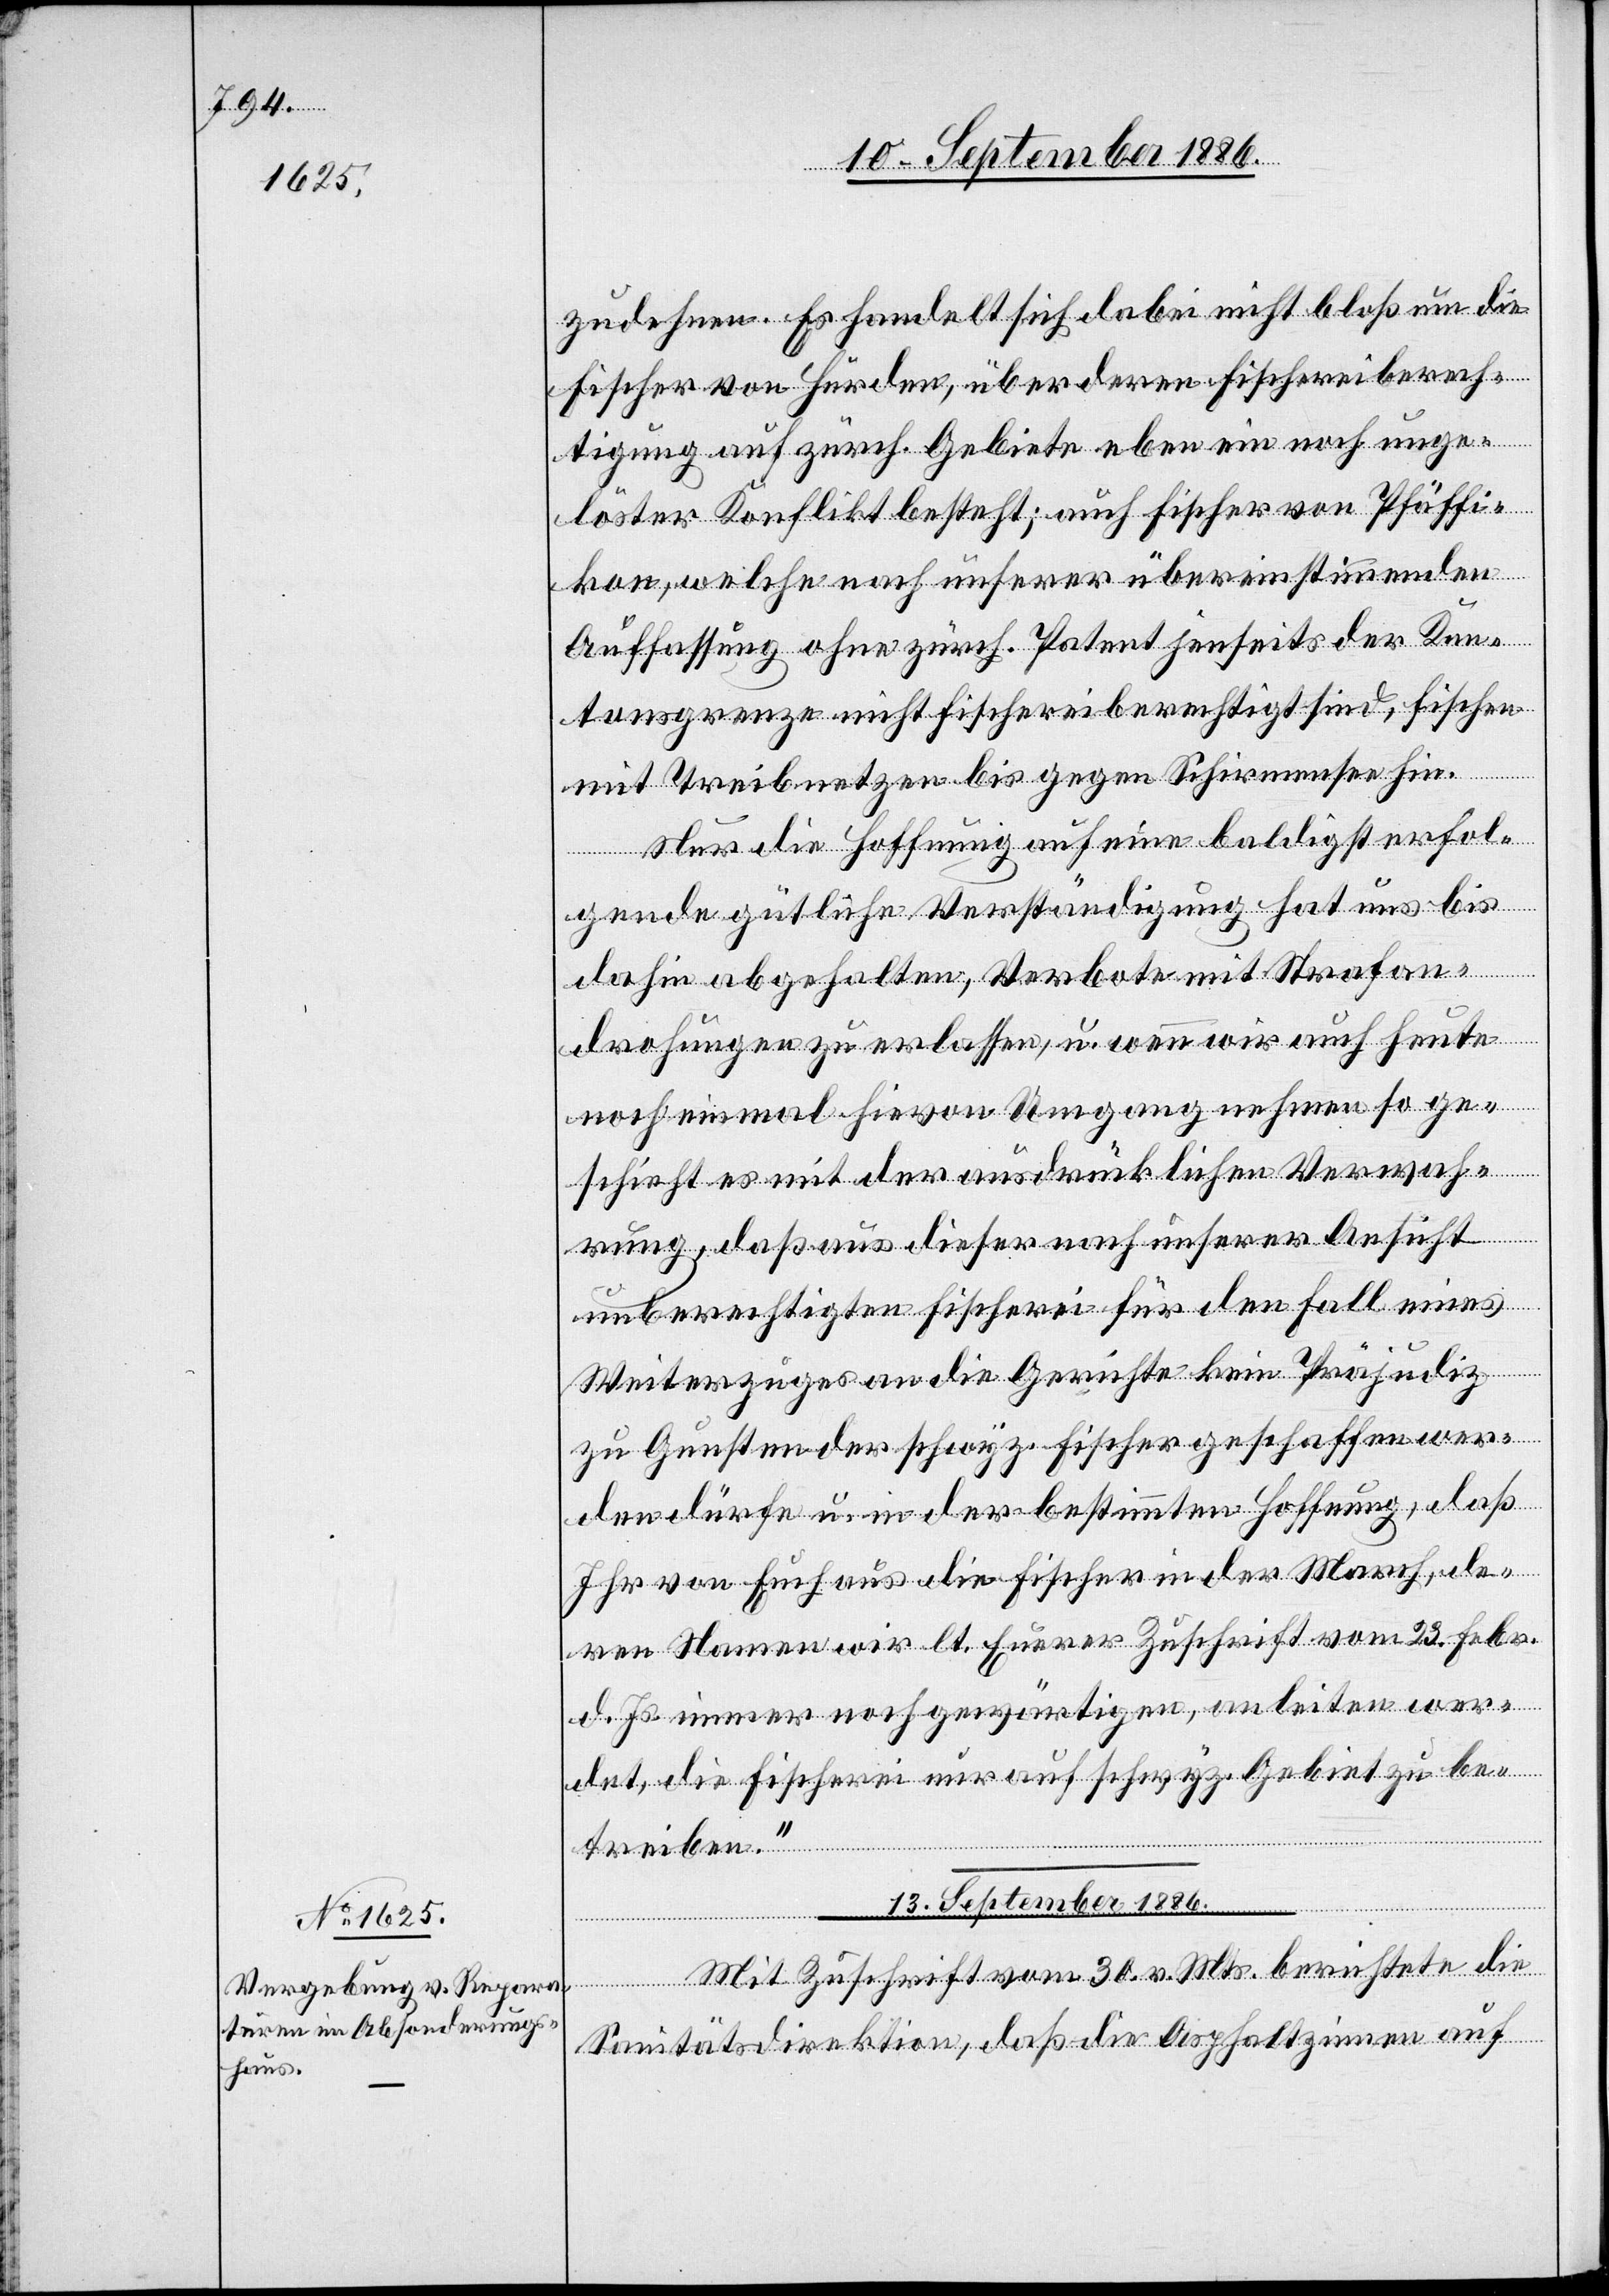
13. September 1886.
zudehnen. Es handelt sich dabei nicht bloß um die
Fischer von Hurden, über deren Fischereiberech¬
tigung auf zürch. Gebiete eben ein noch unge¬
löster Konflikt besteht; auch Fischer von Pfäffi¬
kon, welche nach unserer übereinstimmenden
Auffassung ohne zürch. Patent jenseits der Kan¬
tonsgrenze nicht fischereiberechtigt sind, fischen
mit Treibnetzen bis gegen Schirmensee hin.
Nur die Hoffnung auf eine baldigst erfol¬
gende gütliche Verständigung hat uns bis
dahin abgehalten, Verbote mit Strafan¬
drohungen zu erlassen, u. wenn wir auch heute
noch einmal hievon Umgang nehmen so ge¬
schieht es mit der ausdrücklichen Verwah¬
rung, daß aus dieser nach unserer Ansicht
unberechtigten Fischerei für den Fall eines
Weiterzuges an die Gerichte kein Präjudiz
zu Gunsten schwyz. Fischer geschaffen wer¬
den dürfe u. in der bestimmten Hoffnung, daß
Ihr von Euch aus die Fischer in der March, de¬
ren Namen wir lt. Euerer Zuschrift vom 23. Febr.
d. Js. immer noch gewärtigen, anleiten wer¬
det, die Fischerei nur auf schwyz. Gebiet zu be¬
treiben.“
Mit Zuschrift vom 30. v. Mts. berichtete die
Sanitätsdirektion, daß die Asphaltzinnen auf